Travelling and other expenses of members of Education Authorities, Committees, &c., 1920
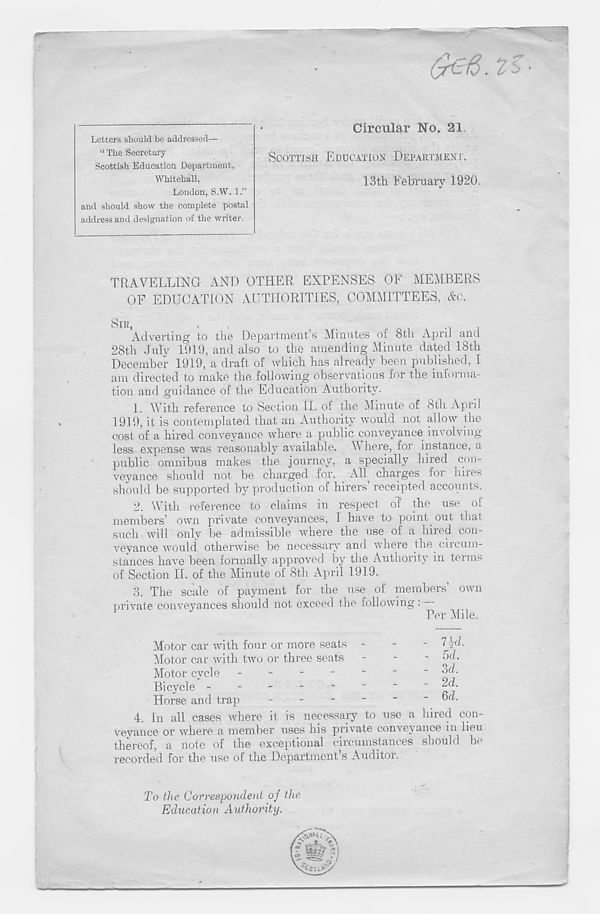
Letters should be addressed—
“ The Secretary
Scottish Education Department,
Whitehall,
London, S.W. 1.”
and should show the complete postal
address and designation of the writer.
Circular No. 21.
SCOTTISH EDUCATION DEPARTMENT.
13tli February 1920,
TRAVELLING AND OTHER EXPENSES OF MEMBERS
OF EDUCATION AUTHORITIES, COMMITTEES, &c.
SIR,
.
,
.
Adverting to the Department’s Minutes of 8th April and
28th July 1919, and also to the amending Minute dated 18th
December 1919, a draft of which has already been published, I
am directed to make the following observations for the informa-
tion and guidance of the Education Authority.
1. With reference to Section II. of the Minute of 8th April
1919, it is contemplated that an Authority would not allow the
cost of a hired conveyance where a public conveyance involving
less expense was reasonably available. V here, for instance, a
public omnibus makes the journey, a specially hired con-
veyance should not be charged for. All charges foi hiies
should be supported by production of hirers receipted accounts,
2. With reference to claims in respect of the use of
members’ own private conveyances, I have to point out that
such will only be admissible where the use of a hired con-
veyance would otherwise be necessary and where the. circum-
stances have been formally approved by the Authority in terms
of Section If. of the Minute of 8th April 1919.
3. The scale of payment for the use of members’ own
private conveyances should not exceed the following :—
Per Mile.
Motor car with four or more seats
Motor car with two or three seats
Motor cycle -
-
-
-
Bicycle -
-
Horse and trap
-
-
-
7 U-
5d.
3d.
2d.
6d.
4.
In all cases where it is ne
veyance or where a member uses his private convey ance m lieu
thereof, a note of the exceptional circumstances should be
recorded for the use of the Department’s Auditor.
To the Correspondent oj the
Education Authority.